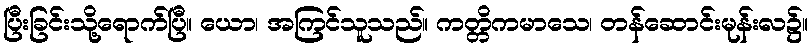
ပြီးခြင်းသို့ရောက်ပြီ။ ယော၊ အကြင်သူသည်။ ကတ္တိကမာသေ၊ တန်ဆောင်းမုန်းလ၌။